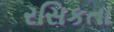
રસિકતા